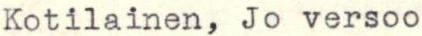
Kotilainen, Jo versoo